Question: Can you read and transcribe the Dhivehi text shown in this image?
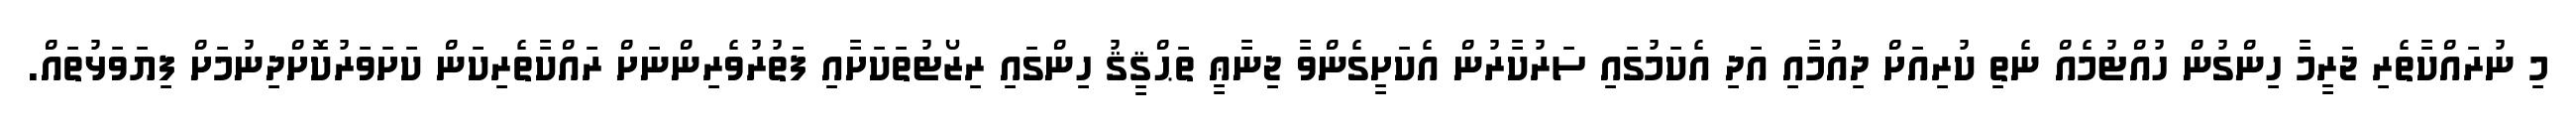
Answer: މި ނުރައްކާތެރި ޖަރީމާ ހިންގުން ހުއްޓުމެއް ނެތި ކުރިއަށް ދިއުމާއި އަދި އެކަމުގައި ސަރުކާރުން އެކަށީގެންވާ ޖިނާޢީ ތަޙްޤީޤު ހިންގައި ރިޒޯޓުތަކަށާއި ފަތުރުވެރިންނަށް ރައްކާތެރިކަން ކަށަވަރުކޮށްދިނުމަށް ފިޔަވަޅުތައް.